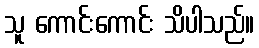
သူ ကောင်းကောင်း သိပါသည်။